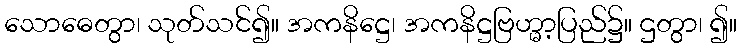
သောဓေတွာ၊ သုတ်သင်၍။ အကနိဋ္ဌေ၊ အကနိဋ္ဌဗြဟ္မာ့ပြည်၌။ ဌတွာ၊ ၍။